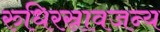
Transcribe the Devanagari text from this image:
रुधिरस्रावजन्य